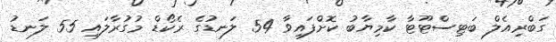
ގަބްރިއެލް ބަޓިސްޓޫޓާ ކާމިޔާބު ކޮށްފައިވާ 54 ލަނޑުގެ ރެކޯޑް މުގުރާލައި 55 ލަނޑު